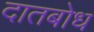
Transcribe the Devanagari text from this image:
दातबोध